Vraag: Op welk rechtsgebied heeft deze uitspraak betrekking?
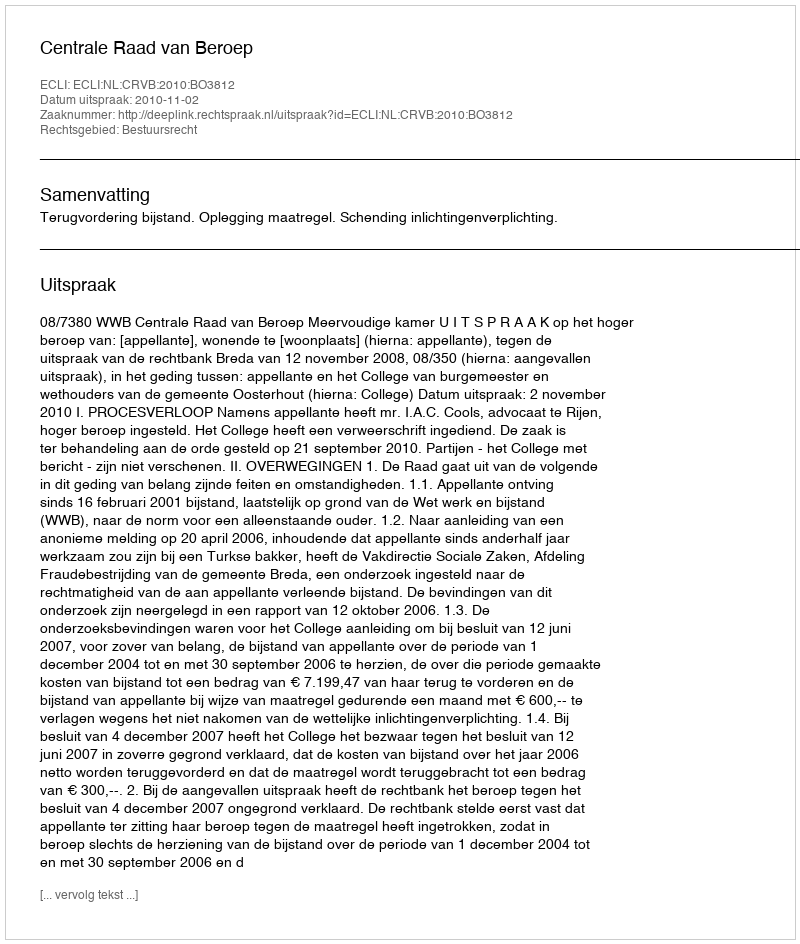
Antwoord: Bestuursrecht